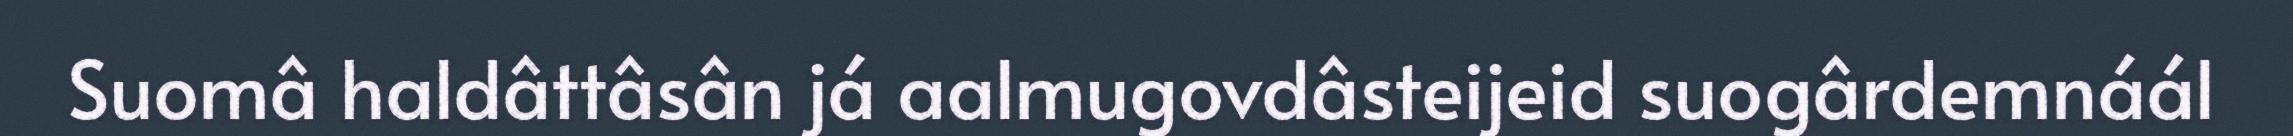
Suomâ haldâttâsân já aalmugovdâsteijeid suogârdemnáál